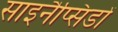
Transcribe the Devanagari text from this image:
साइनैप्सिडों